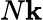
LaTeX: N\mathbf{k}